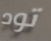
تود